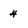
Character: 4